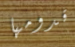
قدومها